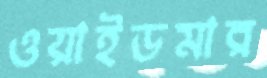
ওয়াইডমার